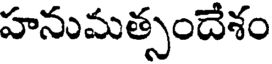
హనుమత్సందేశం